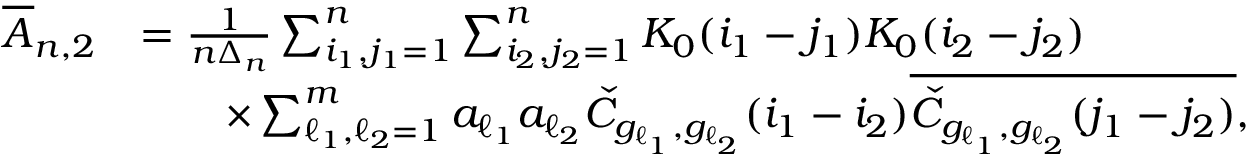
\begin{array} { r l } { \overline { { A } } _ { n , 2 } } & { = \frac { 1 } { n \Delta _ { n } } \sum _ { i _ { 1 } , j _ { 1 } = 1 } ^ { n } \sum _ { i _ { 2 } , j _ { 2 } = 1 } ^ { n } K _ { 0 } ( i _ { 1 } - j _ { 1 } ) K _ { 0 } ( i _ { 2 } - j _ { 2 } ) } \\ & { \qquad \times \sum _ { \ell _ { 1 } , \ell _ { 2 } = 1 } ^ { m } a _ { \ell _ { 1 } } a _ { \ell _ { 2 } } \check { C } _ { g _ { \ell _ { 1 } } , g _ { \ell _ { 2 } } } ( i _ { 1 } - i _ { 2 } ) \overline { { \check { C } _ { g _ { \ell _ { 1 } } , g _ { \ell _ { 2 } } } ( j _ { 1 } - j _ { 2 } ) } } , } \end{array}